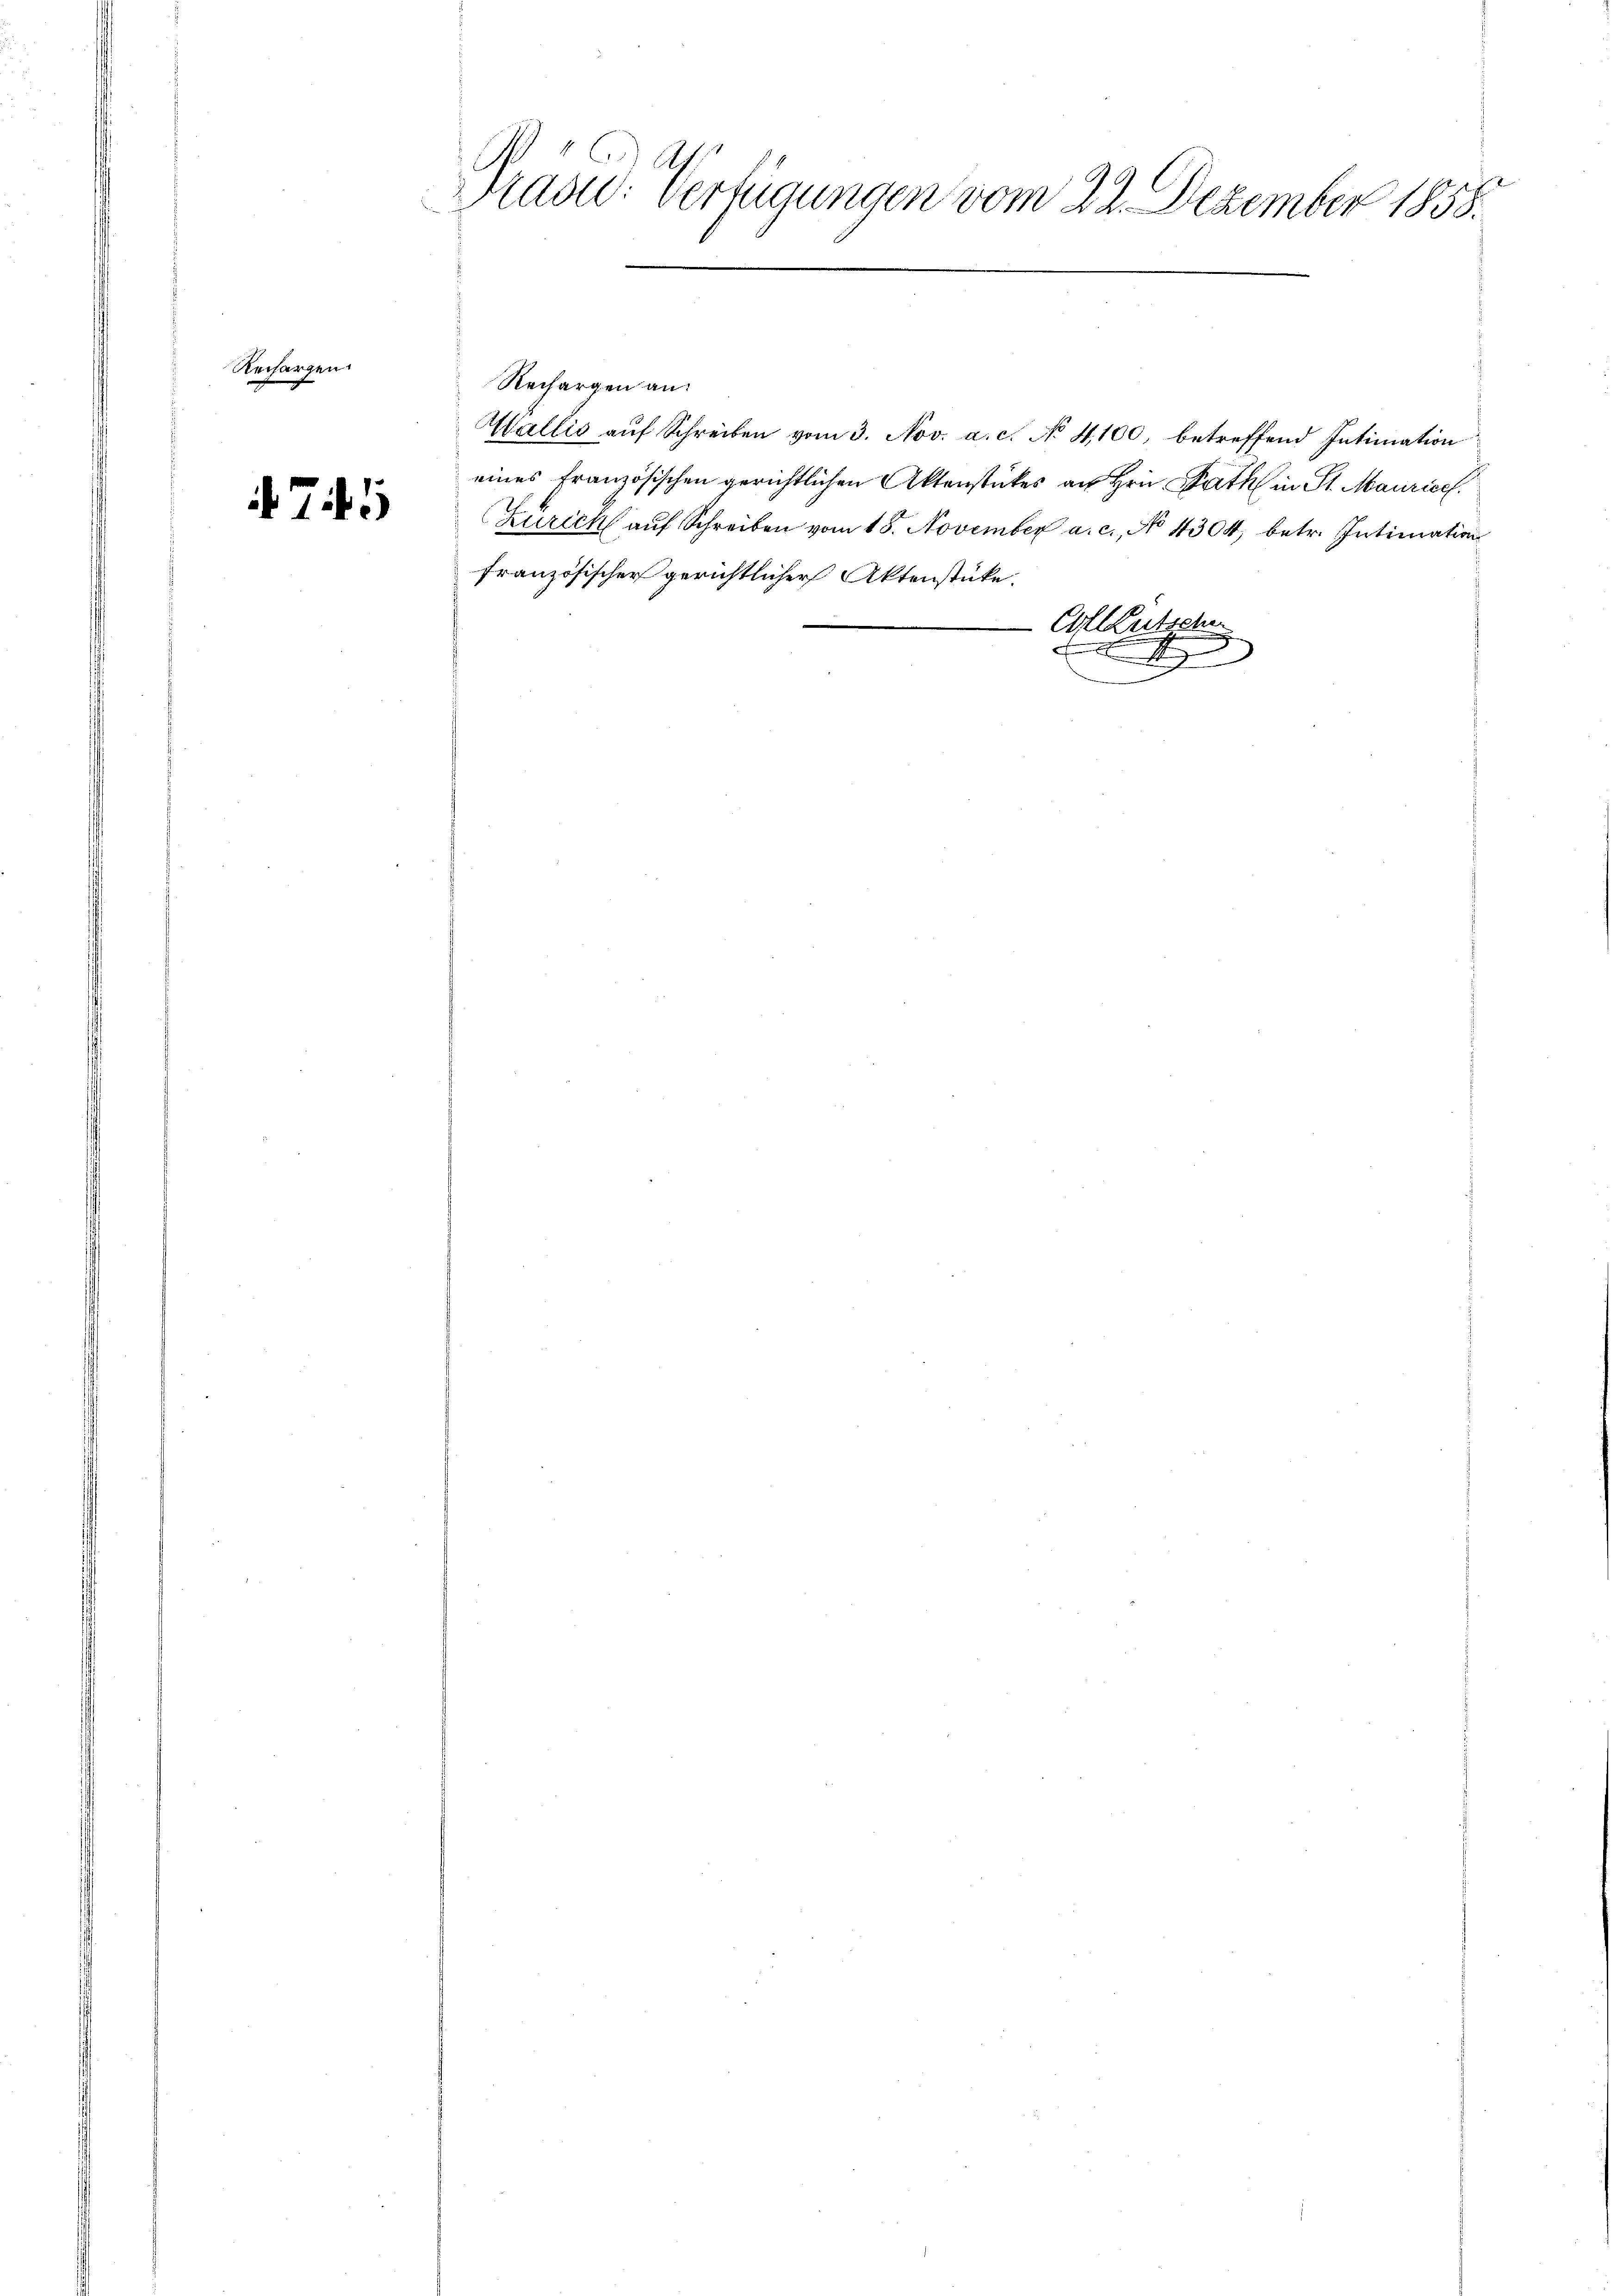
Rechargen.

745

A
Hasu: Verfügungen vom 22. Dezember 1858.

Rechargen an:
französischer gerichtlicher Aktenstücke.

Wallis auf Schreiben vom 3. Nov. a. c. No 4,100, betreffend Intimation
eines französischen gerichtlichen Aktenstückes an Hrn. Rath in St. Maurice
Zürich auf Schreiben vom 18. November a. c. No 4304, betr. Intimation

Ell Rutsche

d